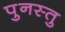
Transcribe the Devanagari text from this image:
पुनस्तु